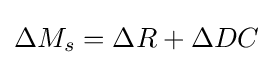
\Delta M_{s}=\Delta R+\Delta DC